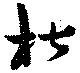
椒